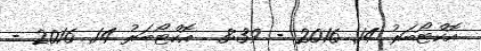
އޮކްޓޯބަރު 14